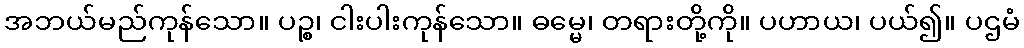
အဘယ်မည်ကုန်သော။ ပဉ္စ၊ ငါးပါးကုန်သော။ ဓမ္မေ၊ တရားတို့ကို။ ပဟာယ၊ ပယ်၍။ ပဌမံ